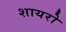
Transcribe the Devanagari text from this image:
शायरो